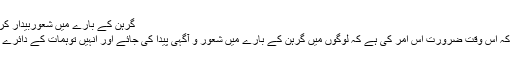
گرہن کے بارے میں شعوربیدار کرنے کی ضرورت
ماہرین کاکہنا ہے کہ اس وقت ضرورت اس امر کی ہے کہ لوگوں میں گرہن کے بارے میں شعور و آگہی پیدا کی جائے اور انہیں توہمات کے دائرے سے نکالا جائے ۔